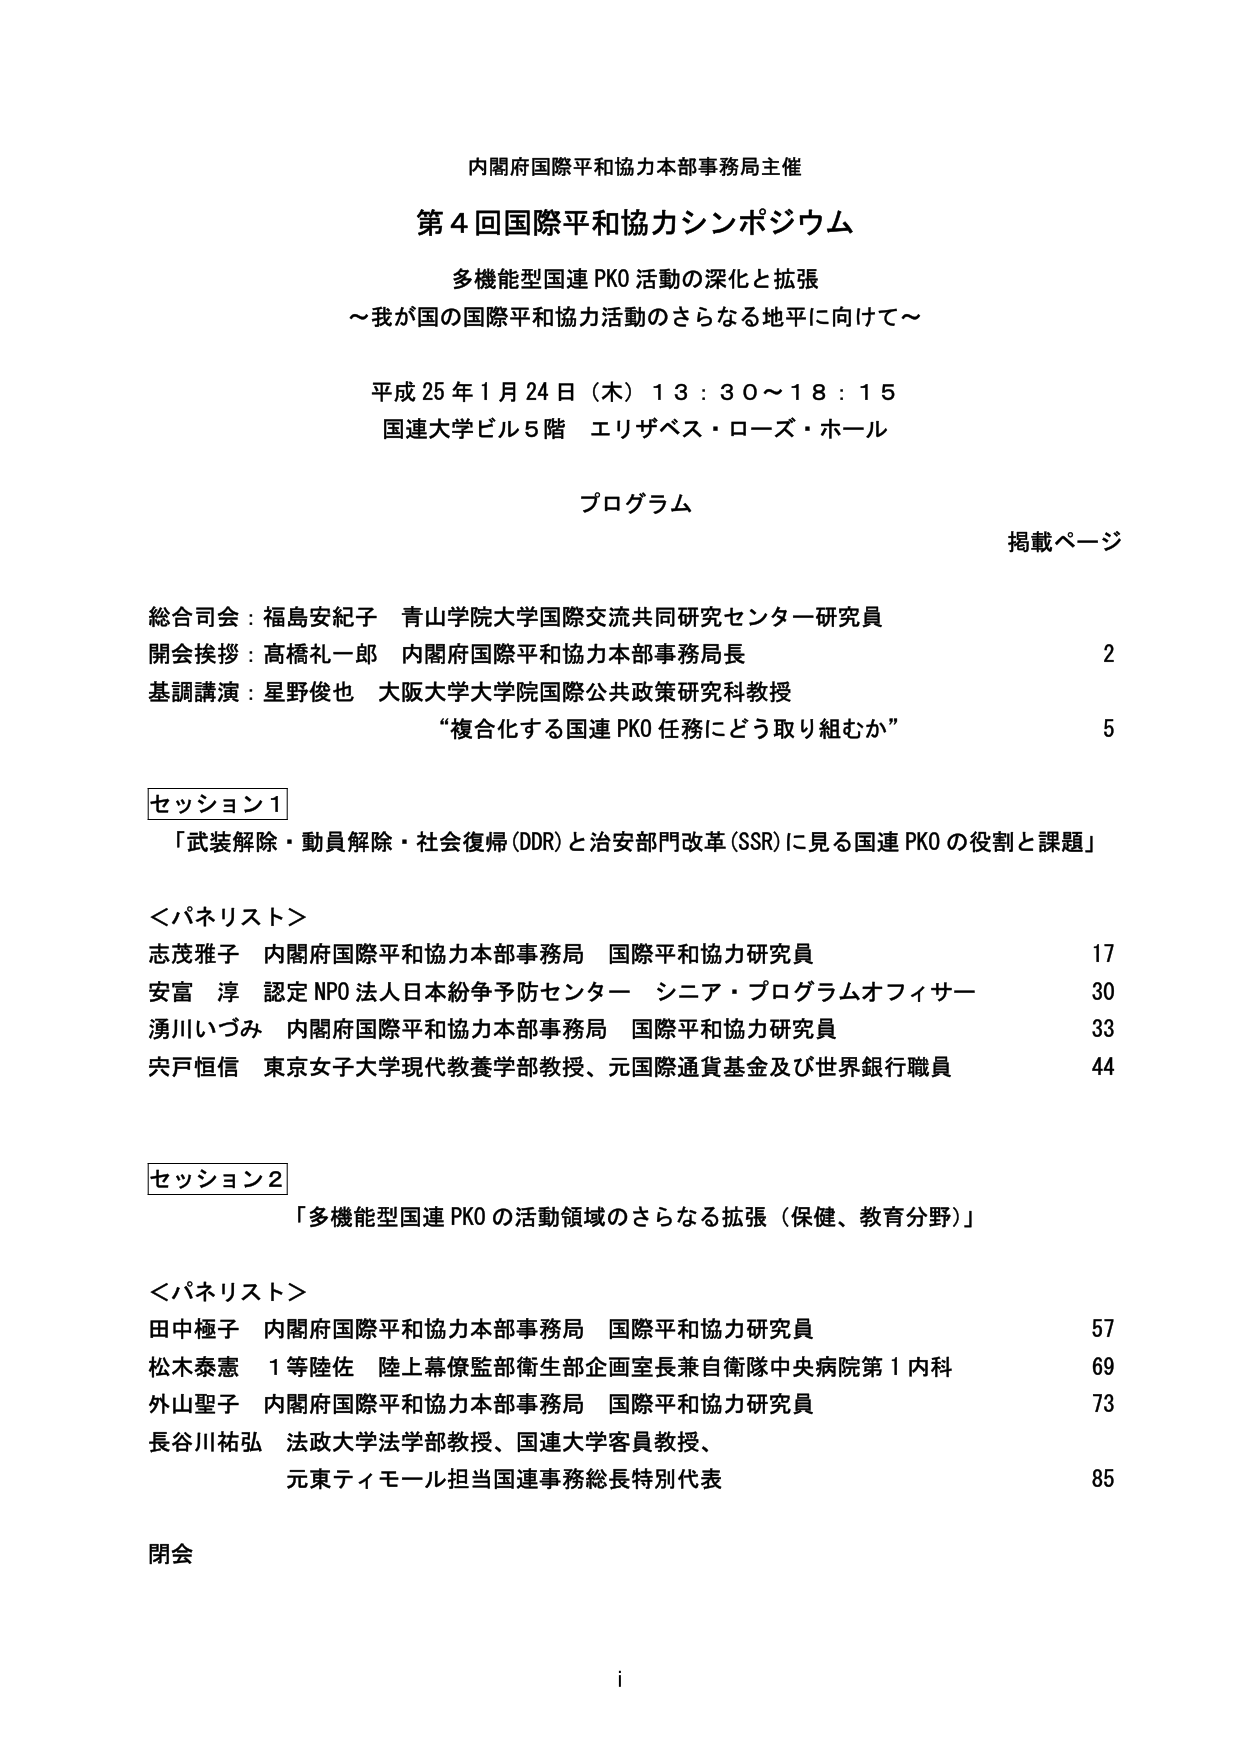
内閣府国際平和協力本部事務局主催
第4回国際平和協力シンポジウム
多機能型国連 PKO 活動の深化と拡張
～我が国の国際平和協力活動のさらなる地平に向けて～

平成25年1月24日（木）13：30～18：15
国連大学ビル5階 エリザベス・ローズ・ホール

プログラム
掲載ページ

総合司会：福島安紀子 青山学院大学国際交流共同研究センター研究員
開会挨拶：高橋礼一郎 内閣府国際平和協力本部事務局長 2
基調講演：星野俊也 大阪大学大学院国際公共政策研究科教授
“複合化する国連 PKO 任務にどう取り組むか” 5

セッション1
「武装解除・動員解除・社会復帰（DDR）と治安部門改革（SSR）に見る国連 PKO の役割と課題」

＜パネリスト＞
志茂雅子 内閣府国際平和協力本部事務局 国際平和協力研究員 17
安富 淳 認定NPO法人日本紛争予防センター シニア・プログラムオフィサー 30
湧川いづみ 内閣府国際平和協力本部事務局 国際平和協力研究員 33
宍戸恒信 東京女子大学現代教養学部教授、元国際通貨基金及び世界銀行職員 44

セッション2
「多機能型国連 PKO の活動領域のさらなる拡張（保健、教育分野）」

＜パネリスト＞
田中極子 内閣府国際平和協力本部事務局 国際平和協力研究員 57
松木泰憲 1等陸佐 陸上幕僚監部衛生部企画室長兼自衛隊中央病院第1内科 69
外山聖子 内閣府国際平和協力本部事務局 国際平和協力研究員 73
長谷川祐弘 法政大学法学部教授、国連大学客員教授、
元東ティモール担当国連事務総長特別代表 85

閉会

i